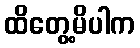
ထိတွေ့မိပါက